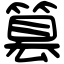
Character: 篡